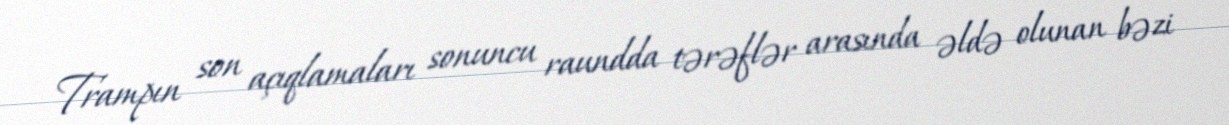
Trampın son açıqlamaları sonuncu raundda tərəflər arasında əldə olunan bəzi